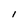
Character: 1